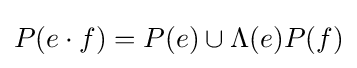
P(e\cdot f)=P(e)\cup \Lambda (e)P(f)